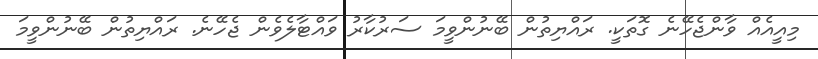
މިއީއެއް ވާންޖެހޭނެ ގޮތަކީ. ރައްޔިތުން ބޭނުންވީމަ ސަރުކާރު ވައްޓާލެވެން ޖެހޭނެ. ރައްޔިތުން ބޭނުންވީމަ